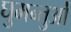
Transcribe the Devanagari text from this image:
घुमन्तुओं